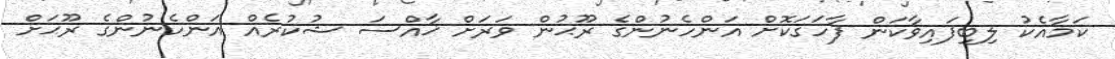
ކަމާއެކު ލިބިފައިވާކަން ފާހަގަކޮށް އަންހެނުންގެ ރޫޙުން ވަރަށް ޚާއްސަ ޝުކުރެއް އަންހެނުންގެ ރޫޙަށް